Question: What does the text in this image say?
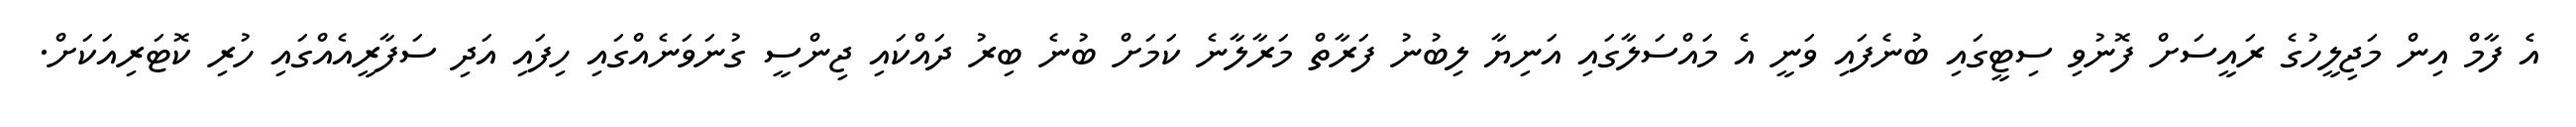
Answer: އެ ފާމް އިން މަޖިލީހުގެ ރައީސަށް ފޮނުވި ސިޓީގައި ބުނެފައި ވަނީ އެ މައްސަލާގައި އަނިޔާ ލިބުނު ފަރާތް މަރާލާނެ ކަމަށް ބުނެ ބިރު ދައްކައި ޖިންސީ ގުނަވަނެއްގައި ހިފައި އަދި ސަފާރީއެއްގައި ހުރި ކޮޓަރިއަކަށް.